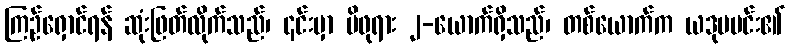
ကြဉ်ရှောင်ရန် ဆုံးဖြတ်လိုက်သည်၊ ၎င်းမှာ မိဖုရား ၂-ယောက်ရှိသည်၊ တစ်ယောက်က ယဒုမမင်း၏